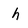
Character: h